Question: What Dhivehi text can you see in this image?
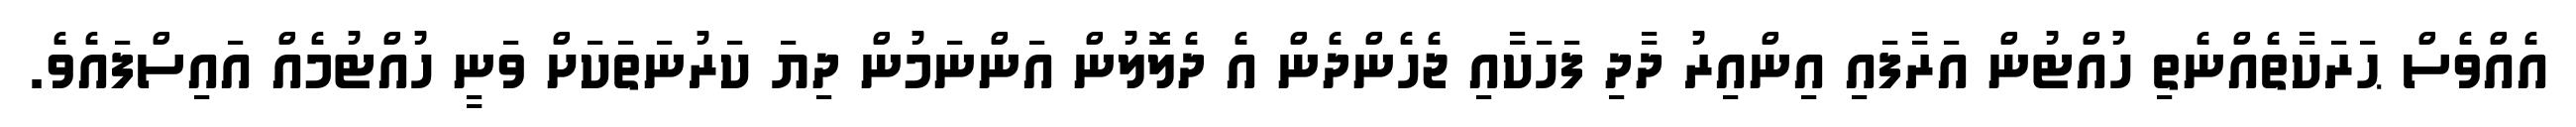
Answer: އެއްވެސް ޙަރަކާތެއްނެތި ހުއްޓުން އަރާފައި އިންއިރު ދާދި ފަހަކާއި ޖެހެންދެން އެ ދެލޮލުން އަންނަމުން ދިޔަ ކަރުނަތަކަށް ވަނީ ހުއްޓުމެއް އައިސްފައެވެ.